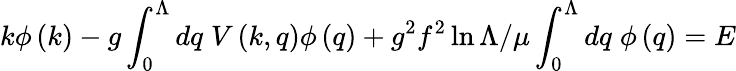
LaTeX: k\phi\left(k\right)-g\int_{0}^{\Lambda}dq\; V\left(k,q\right)\phi\left(q\right)+g^{2}f^{2}\ln\Lambda/\mu\int_{0}^{\Lambda}dq\; \phi\left(q\right)=E